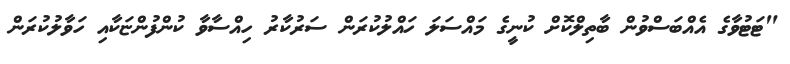
"ޓަޓުވާގެ އެއްބަސްވުން ބާތިލްކޮށް ކުނީގެ މައްސަލަ ހައްލުކުރަން ސަރުކާރު ހިއްސާވާ ކުންފުންޏަކާއި ހަވާލުކުރަން